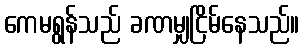
ကေမရွန်သည် ခဏမျှငြိမ်နေသည်။